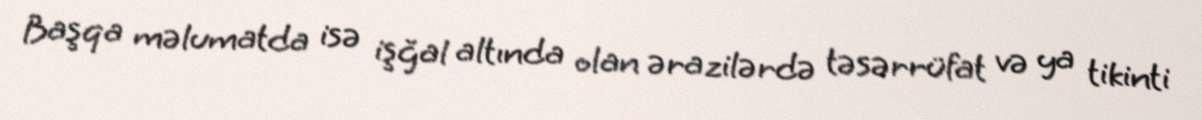
Başqa məlumatda isə işğal altında olan ərazilərdə təsərrüfat və ya tikinti